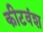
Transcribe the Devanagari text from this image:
कीटवंश